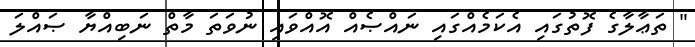
" ތަޢާލާގެ ފޮތުގައި އެކަމެއްގައި ނައްޞެއް އޮއްވައި ނުވަތަ މާތް ނަބިއްޔާ ޞައްލަ